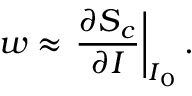
\boldsymbol { w } \approx \left. \frac { \partial \boldsymbol { S } _ { c } } { \partial \boldsymbol { I } } \right| _ { \boldsymbol { I } _ { 0 } } .